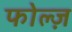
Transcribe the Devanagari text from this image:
फोल्ज़